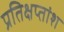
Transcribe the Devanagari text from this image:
प्रतिक्षप्तांश